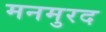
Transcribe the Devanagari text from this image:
मनमुरद